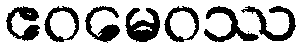
ဧဝမေဝဿ